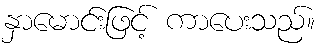
နှာမောင်းဖြင့် ကာပေးသည်။